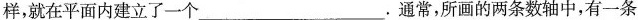
样，就在平面内建立了一个___.通常，所画的两条数轴中，有一条